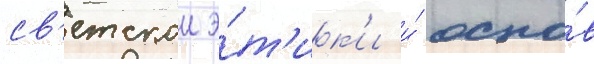
св'етскои э́т'ик'и и́ осно́в